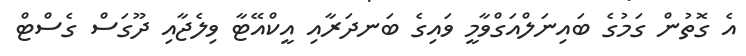
އެ ގޮތުން ގަމުގެ ބައިނަލްއަގްވާމީ ވައިގެ ބަނދަރާއި އީކްއޭޓާ ވިލެޖާއި ދޫގަސް ގެސްޓް